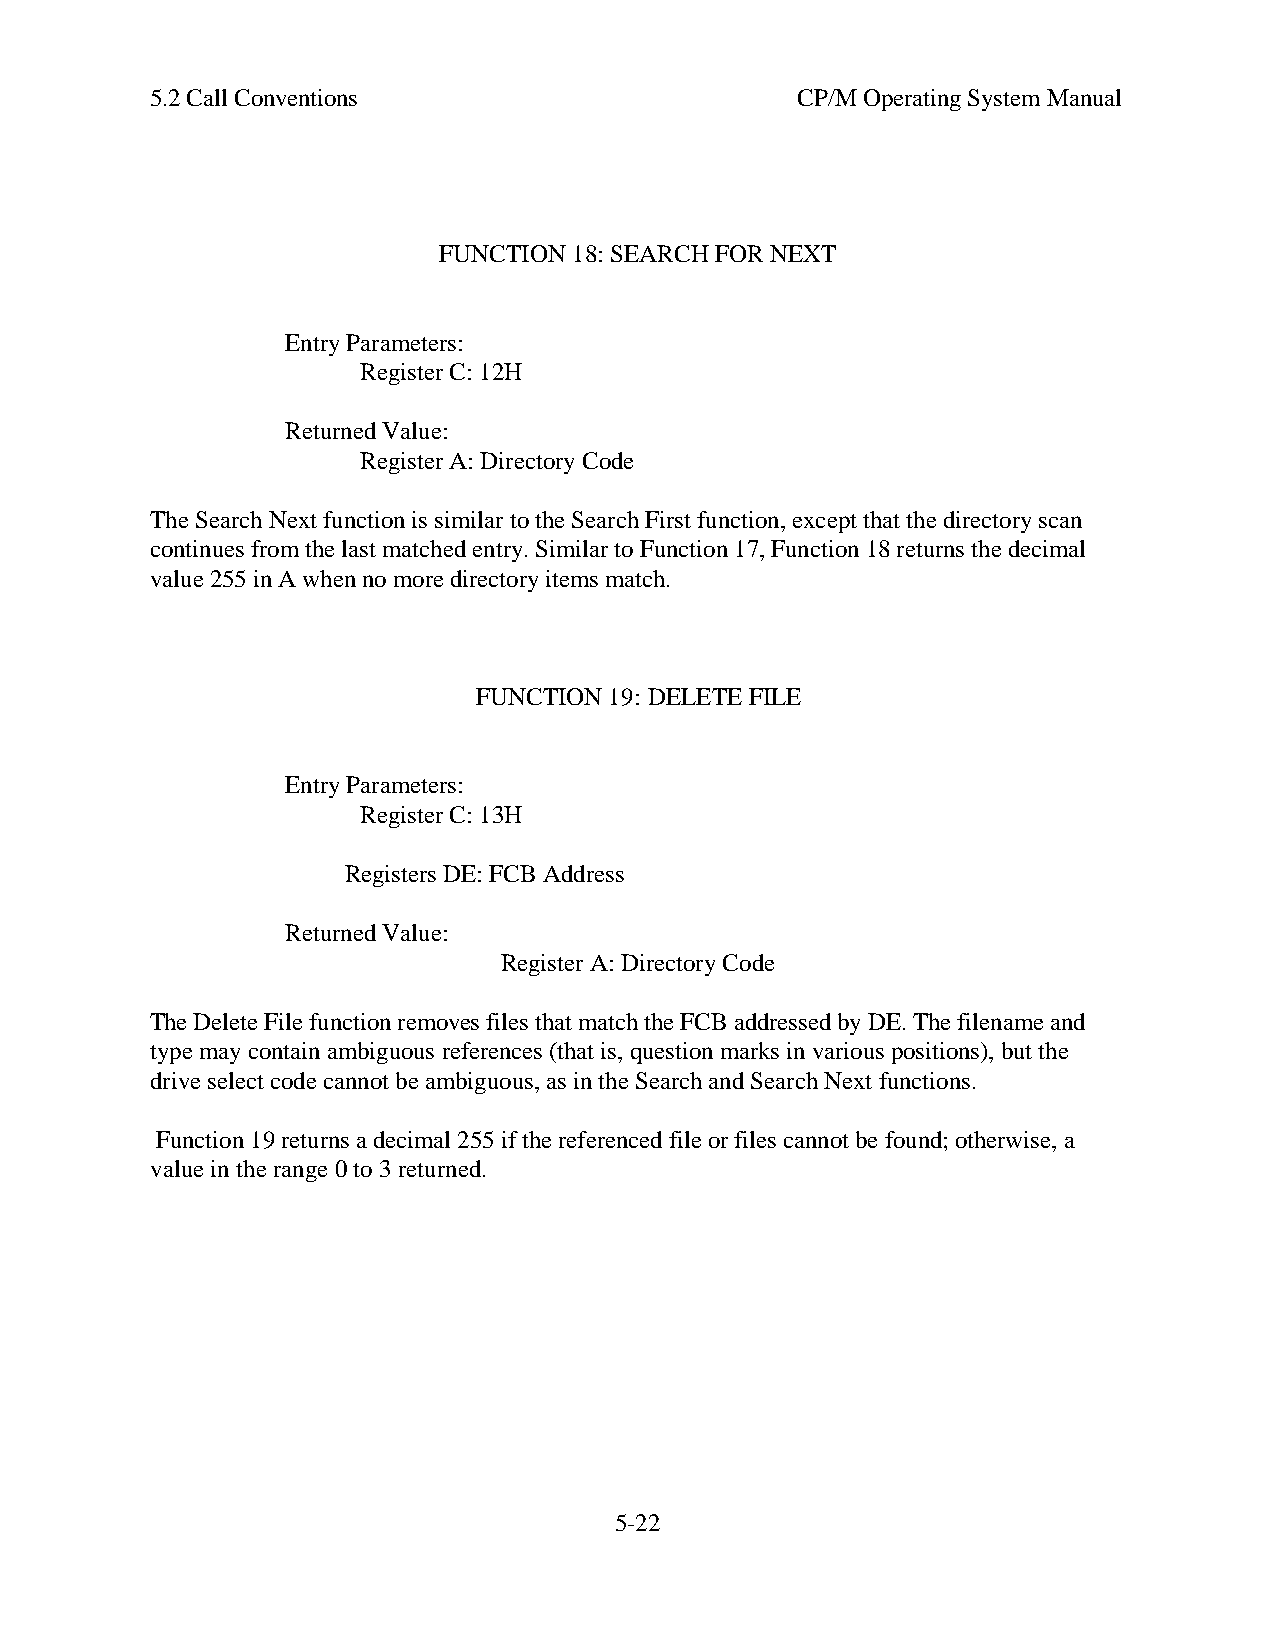
5.2 Call Conventions                       CP/M Operating System Manual
 FUNCTION 18: SEARCH FOR NEXT
 Entry Parameters:
 Register C: 12H
 Returned Value:
 Register A: Directory Code
 The Search Next function is similar to the Search First function, except that the directory scan
 continues from the last matched entry. Similar to Function 17, Function 18 returns the decimal
 value 255 in A when no more directory items match.
 FUNCTION 19: DELETE FILE
 Entry Parameters:
 Register C: 13H
 Registers DE: FCB Address
 Returned Value:
 Register A: Directory Code
 The Delete File function removes files that match the FCB addressed by DE. The filename and
 type may contain ambiguous references (that is, question marks in various positions), but the
 drive select code cannot be ambiguous, as in the Search and Search Next functions.
 Function 19 returns a decimal 255 if the referenced file or files cannot be found; otherwise, a
 value in the range 0 to 3 returned.
 5-22